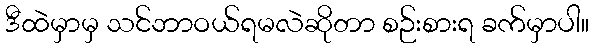
ဒီထဲမှာမှ သင်ဘာဝယ်ရမလဲဆိုတာ စဉ်းစားရ ခက်မှာပါ။